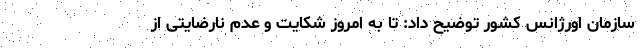
سازمان اورژانس کشور توضیح داد: تا به امروز شکایت و عدم نارضایتی از